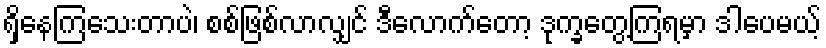
ရှိနေကြသေးတာပဲ၊ စစ်ဖြစ်လာလျှင် ဒီလောက်တော့ ဒုက္ခတွေ့ကြရမှာ ဒါပေမယ့်